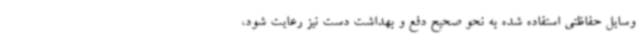
وسایل حفاظتی استفاده شده به نحو صحیح دفع و بهداشت دست نیز رعایت شود،